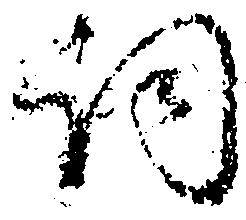
詞